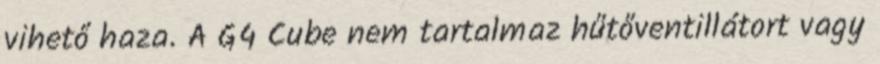
vihető haza. A G4 Cube nem tartalmaz hűtőventillátort vagy